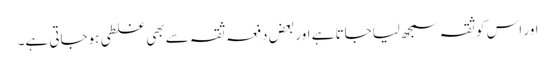
اور اس کو ثقہ سمجھ لیاجاتا ہے اور بعض دفعہ ثقہ سے بھی غلطی ہوجاتی ہے۔